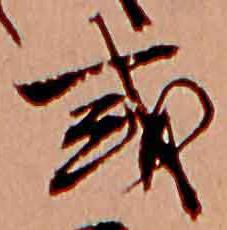
或